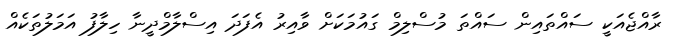
ރާއްޖެއަކީ ސައްތައިން ސައްތަ މުސްލިމް ގައުމަކަށް ވާއިރު އެފަދަ އިސްލާމްދީނާ ހިލާފު އަމަލުތަކެއް